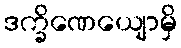
ဒက္ခိဏေယျောမှိ